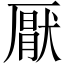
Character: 厭